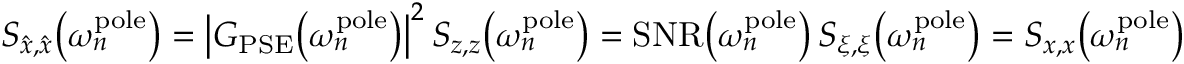
S _ { \hat { x } , \hat { x } } \big ( \omega _ { n } ^ { \mathrm { p o l e } } \big ) = \bigl | G _ { \mathrm { P S E } } \big ( \omega _ { n } ^ { \mathrm { p o l e } } \big ) \bigr | ^ { 2 } \, S _ { z , z } \big ( \omega _ { n } ^ { \mathrm { p o l e } } \big ) = \mathrm { S N R } \big ( \omega _ { n } ^ { \mathrm { p o l e } } \big ) \, S _ { \xi , \xi } \big ( \omega _ { n } ^ { \mathrm { p o l e } } \big ) = S _ { x , x } \big ( \omega _ { n } ^ { \mathrm { p o l e } } \big )